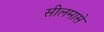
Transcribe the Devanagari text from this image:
सीलमासे